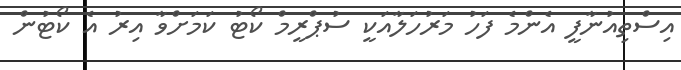
އިސްތިއުނާފީ އެންމެ ފަހު މަރުހަލާއަކީ ސުޕްރީމް ކޯޓު ކަމަށްވާ އިރު އެ ކޯޓުން